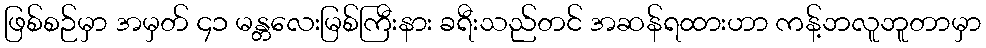
ဖြစ်စဉ်မှာ အမှတ် ၄၁ မန္တလေးမြစ်ကြီးနား ခရီးသည်တင် အဆန်ရထားဟာ ကန့်ဘလူဘူတာမှာ